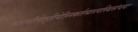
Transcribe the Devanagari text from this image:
त्र्यहाशौचेतृतीयेह्निकर्तव्यस्त्वस्थिसंचयः